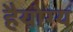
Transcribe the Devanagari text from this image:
हैयोग्य